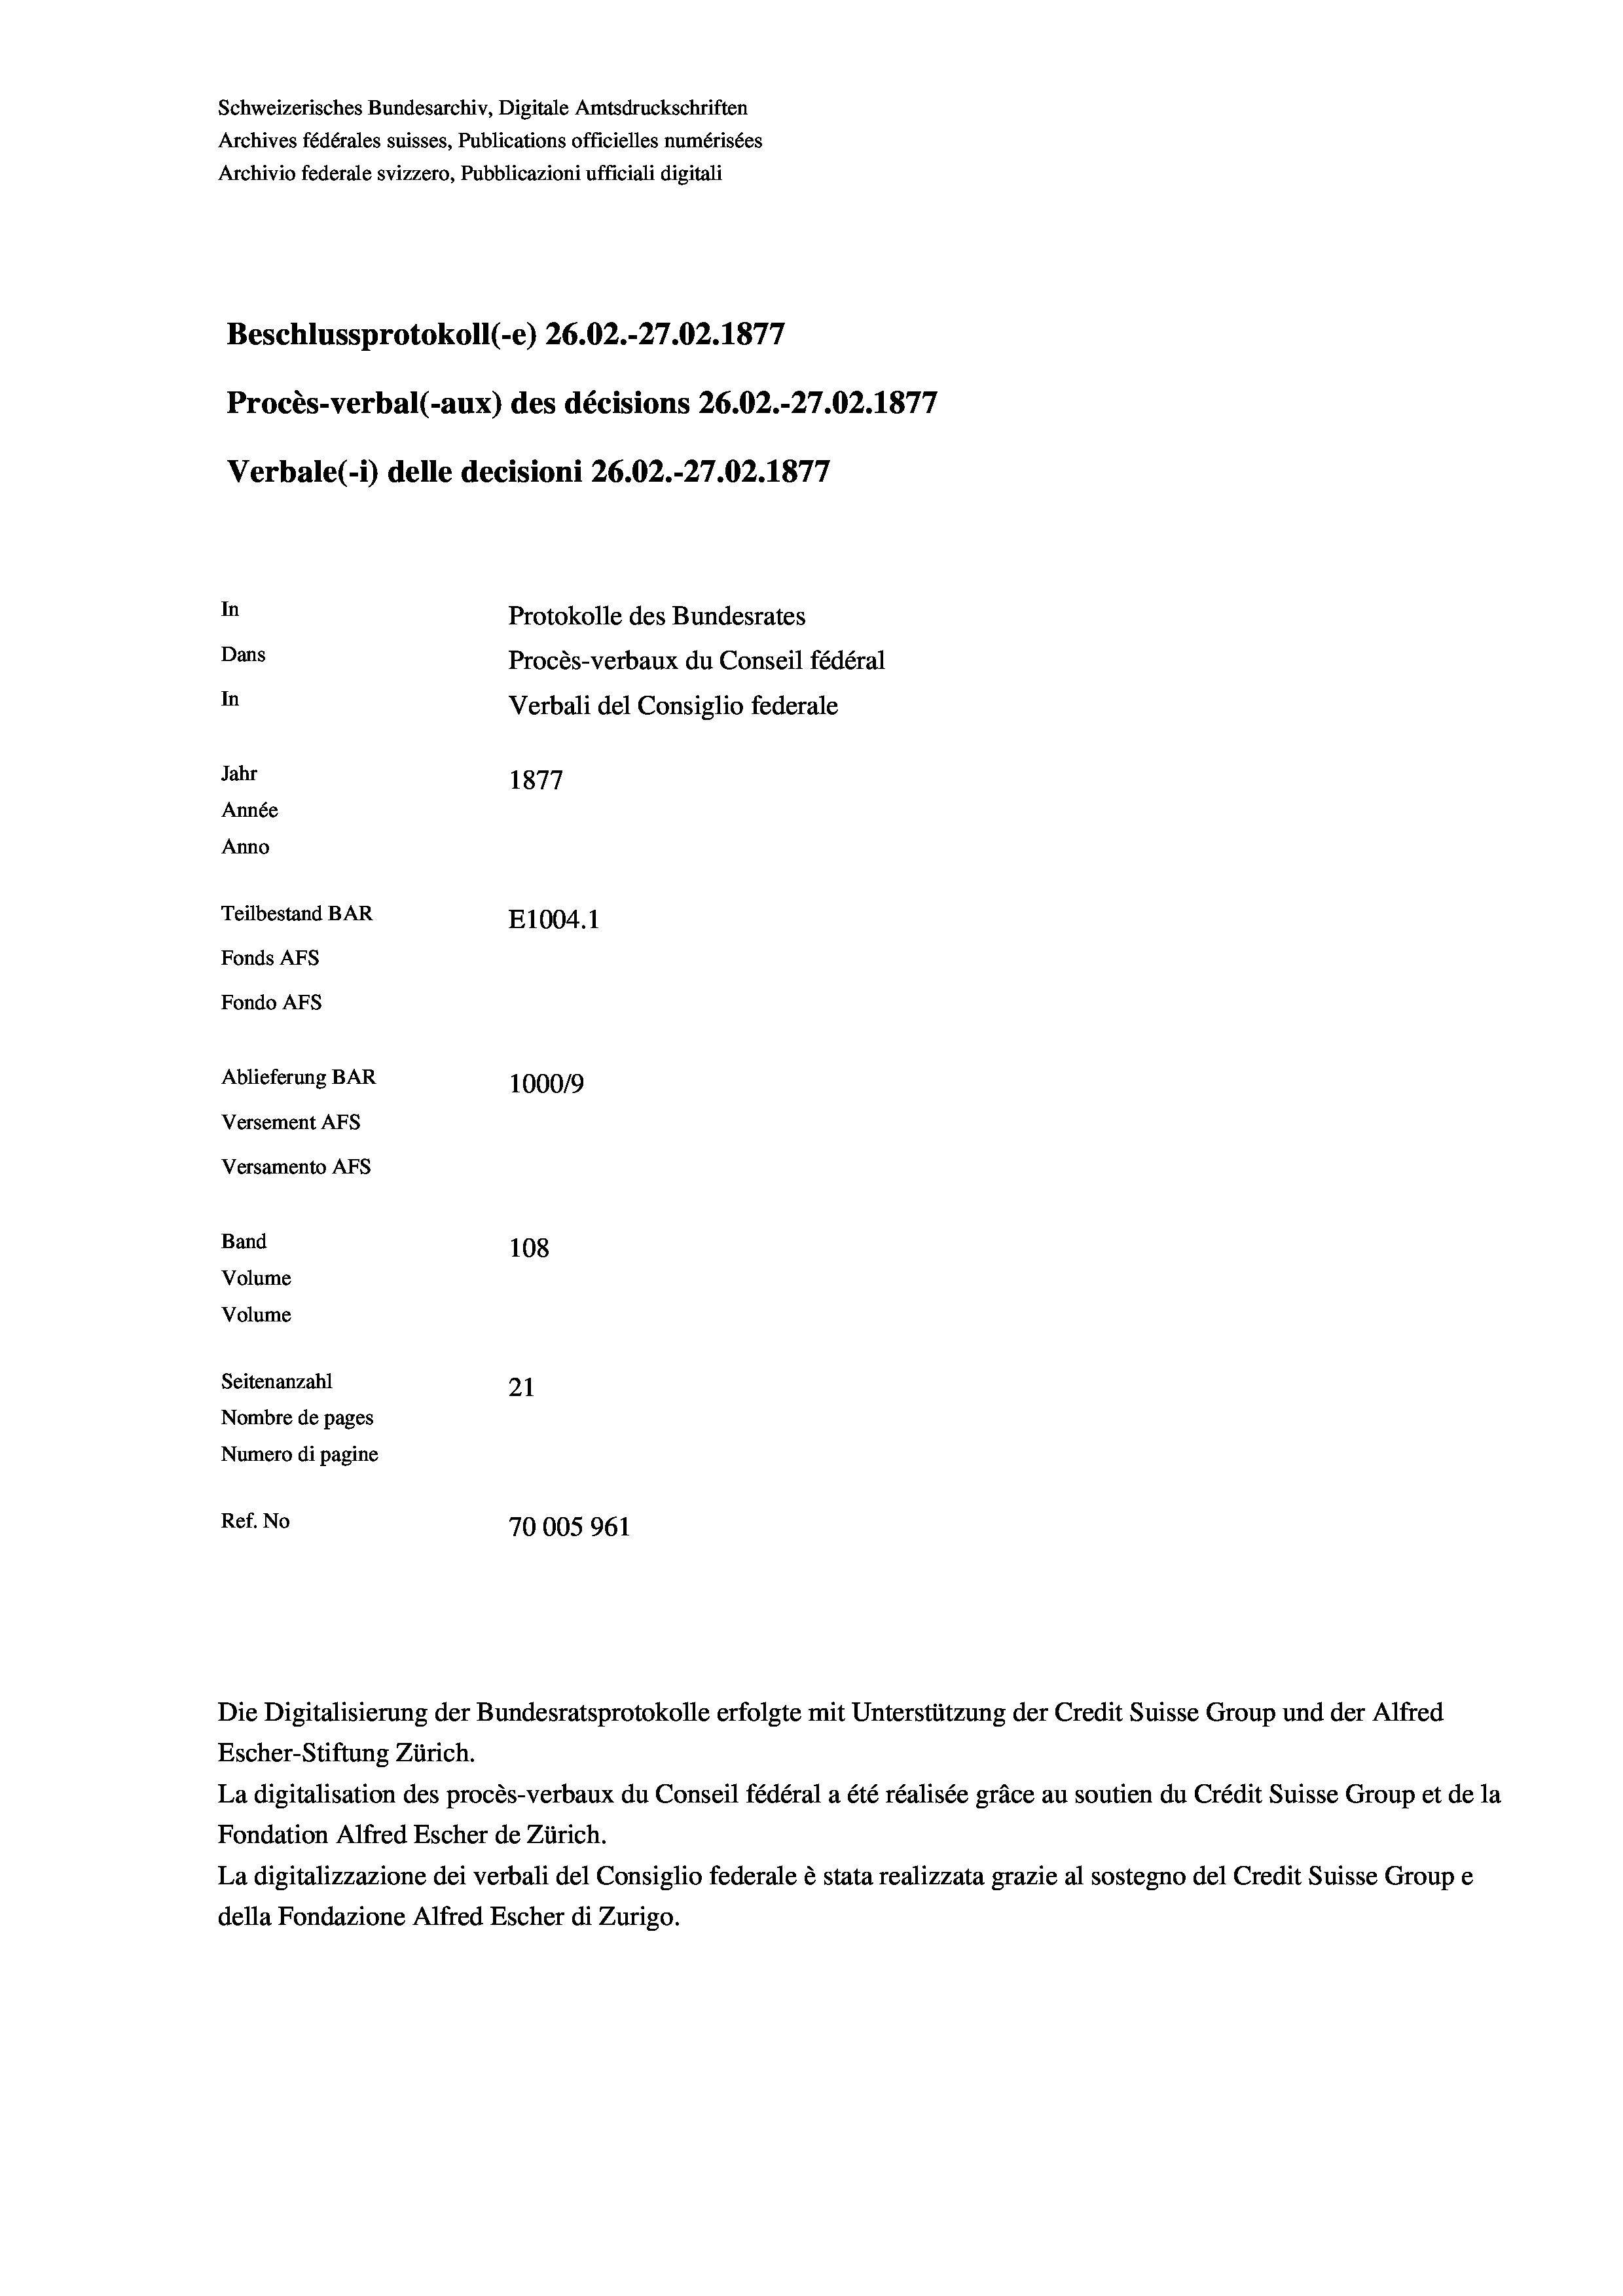
Schweizerisches Bundesarchiv, Digitale Amtsdruckschriften
Archivio federale svizzero, Pubblicazioni ufficiali digitali
Beschlussprotokoll (-e) 26.02.-27.02. 1877
Procès-verbal (-aux) des décisions 26.02.-27.02.1877
In
Protokolle des Bundesrates
Dans
Procès-verbaux du Conseil fédéral
In
Verbali del Consiglio federale
Jahr
1877
Année
Anno
Teilbestand BAR
E1004.1
Fonds AFs
Fondo AFS
Ablieferung BAR
100019
Versement AFs
Versamento Afs

Band
Volume

108
Seitenanzahl
21
Nombre de pages
Numero di pagine
Ref. No
70005961

Volume

Verbale (- 1) delle decisioni 26.02.-27.02. 1877

Archives fédérales suisses, Publications officielles numérisées

Die Digitalisierung der Bundesratsprotokolle erfolgte mit Unterstützung der Credit Suisse Group und der Alfred
Escher-Stiftung Zürich.
La digitalisation des procès-verbaux du Conseil fédéral a été réalisée gräce au soutien du Crédit Suisse Group et de la
Fondation Alfred Escher de Zürich.
La digitalizzazione dei verbali del Consiglio federale è stata realizzata grazie al sostegno del Credit Suisse Groupe
della Fondazione Alfred Escher di Zurigo.